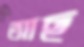
আছ